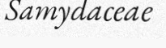
Samydaceae